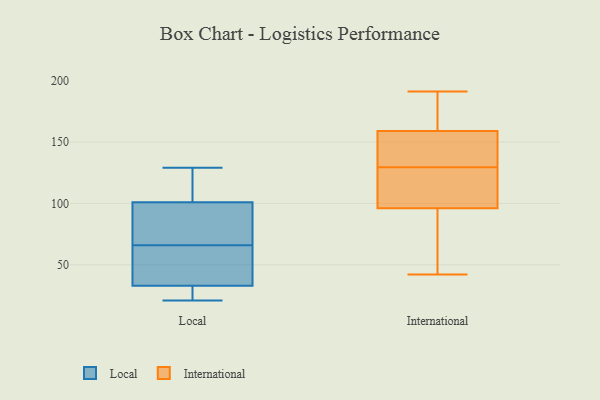
{"axis": {"x": "Customer Acquisition Cost (USD)", "y": "Value"}, "legend": ["International", "Local"], "data": [{"x": "", "y": 28, "type": "Local"}, {"x": "", "y": 129, "type": "Local"}, {"x": "", "y": 89, "type": "Local"}, {"x": "", "y": 21, "type": "Local"}, {"x": "", "y": 39, "type": "Local"}, {"x": "", "y": 63, "type": "Local"}, {"x": "", "y": 69, "type": "Local"}, {"x": "", "y": 101, "type": "Local"}, {"x": "", "y": 33, "type": "Local"}, {"x": "", "y": 122, "type": "Local"}, {"x": "", "y": 191, "type": "International"}, {"x": "", "y": 96, "type": "International"}, {"x": "", "y": 124, "type": "International"}, {"x": "", "y": 135, "type": "International"}, {"x": "", "y": 92, "type": "International"}, {"x": "", "y": 162, "type": "International"}, {"x": "", "y": 42, "type": "International"}, {"x": "", "y": 60, "type": "International"}, {"x": "", "y": 154, "type": "International"}, {"x": "", "y": 159, "type": "International"}, {"x": "", "y": 150, "type": "International"}, {"x": "", "y": 169, "type": "International"}, {"x": "", "y": 96, "type": "International"}, {"x": "", "y": 106, "type": "International"}]}